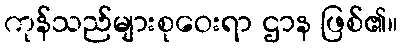
ကုန်သည်များစုဝေးရာ ဌာန ဖြစ်၏။